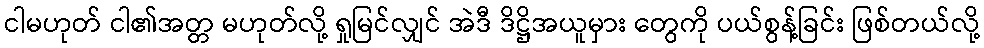
ငါမဟုတ် ငါ၏အတ္တ မဟုတ်လို့ ရှုမြင်လျှင် အဲဒီ ဒိဋ္ဌိအယူမှား တွေကို ပယ်စွန့်ခြင်း ဖြစ်တယ်လို့